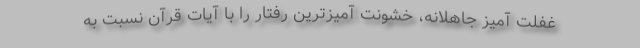
غفلت آمیزِ جاهلانه، خشونت آمیزترین رفتار را با آیات قرآن نسبت به